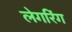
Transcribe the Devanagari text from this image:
लेगरिंग